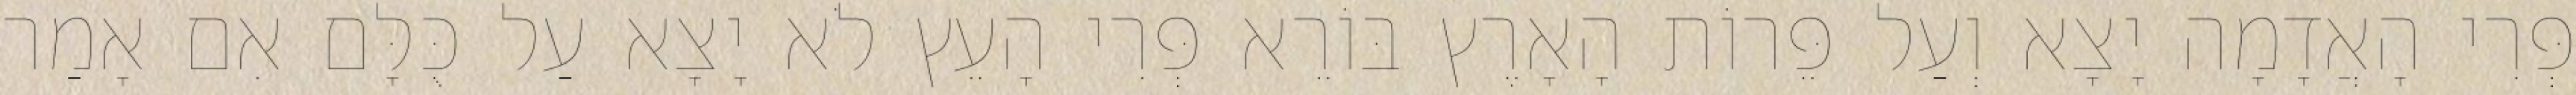
פְּרִי הָאֲדָמָה יָצָא וְעַל פֵּרוֹת הָאָרֶץ בּוֹרֵא פְּרִי הָעֵץ לֹא יָצָא עַל כֻּלָּם אִם אָמַר